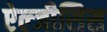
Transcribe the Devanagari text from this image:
ऐल्जीसिस